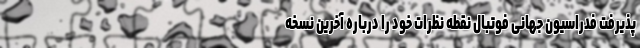
پذیرفت فدراسیون جهانی فوتبال نقطه نظرات خود را درباره آخرین نسخه